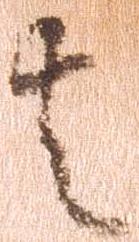
者